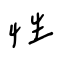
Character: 性